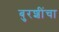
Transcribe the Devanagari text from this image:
बुरशींचा